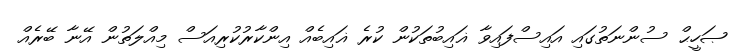
ޞަހީޙް ސުންނަތުގައި އައިސްފައިވާ ޣައިބުތަކުން ކުރެ ޣައިބެއް އިންކާރުކުރިއަސް މިއްލަތުން އޭނާ ބޭރެއް